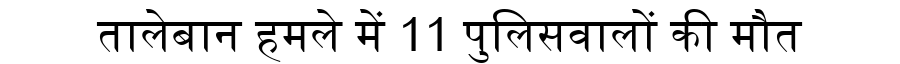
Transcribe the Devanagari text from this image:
तालेबान हमले में 11 पुलिसवालों की मौत